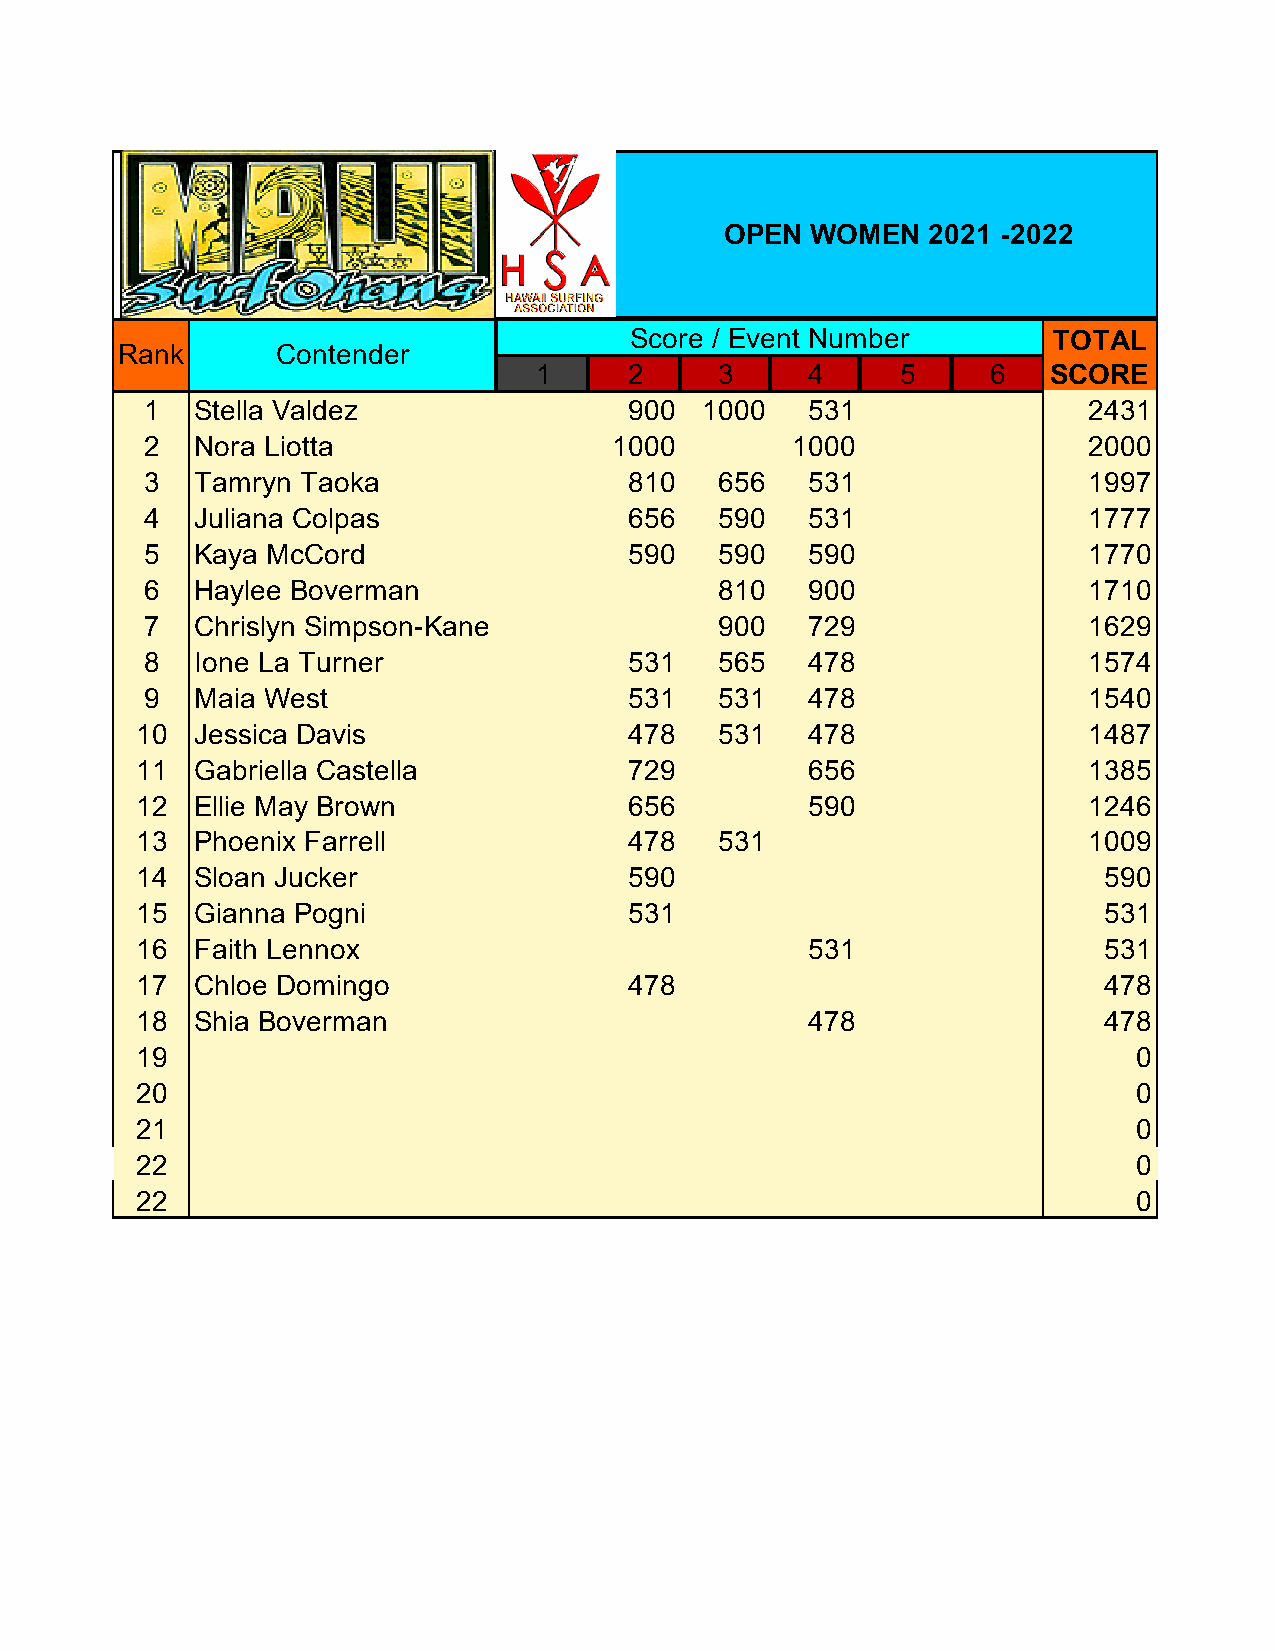
OPEN  WOMEN  2021 -2022
 Score / Event Number        TOTAL
 Rank      Contender
 1      2     3    4      5     6   SCORE
 1  Stella Valdez                900 1000   531                2431
 2  Nora Liotta                 1000       1000                2000
 3  Tamryn Taoka                 810   656  531                1997
 4  Juliana Colpas               656   590  531                1777
 5  Kaya McCord                  590   590  590                1770
 6  Haylee Boverman                    810  900                1710
 7  Chrislyn Simpson-Kane              900  729                1629
 8  Ione La Turner               531   565  478                1574
 9  Maia West                    531   531  478                1540
 10  Jessica Davis                478   531  478                1487
 11  Gabriella Castella           729        656                1385
 12  Ellie May Brown              656        590                1246
 13  Phoenix Farrell              478   531                     1009
 14  Sloan Jucker                 590                            590
 15  Gianna Pogni                 531                            531
 16  Faith Lennox                            531                 531
 17  Chloe Domingo                478                            478
 18  Shia Boverman                           478                 478
 19                                                                0
 20                                                                0
 21                                                                0
 22                                                                0
 22                                                                0